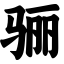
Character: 骊